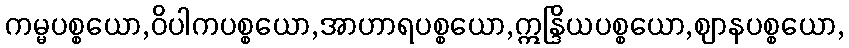
ကမ္မပစ္စယော,ဝိပါကပစ္စယော,အာဟာရပစ္စယော,ဣန္ဒြိယပစ္စယော,ဈာနပစ္စယော,